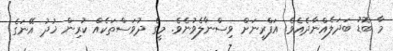
މާ ބޮޑު ބަދަލެއްނާދެއެވެ. އަފްރީނަށް ވިސްނާލެވުނެވެ. މީގެ ދުވަސްތަކެއް ކުރިން ޚުދު އޭނަގެ